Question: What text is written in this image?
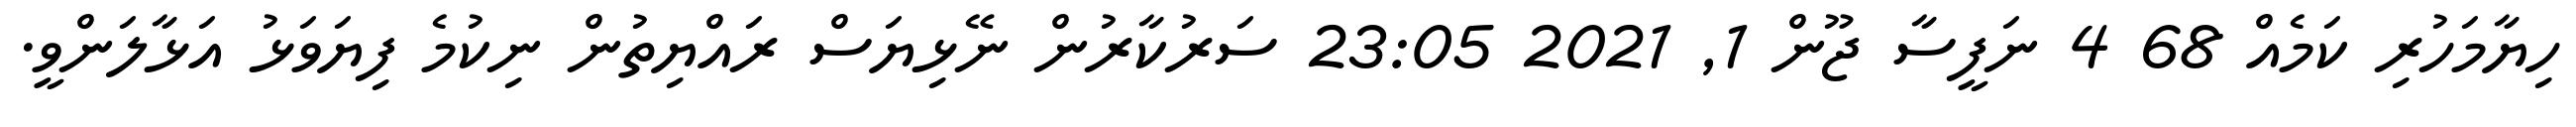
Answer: ހިޔާމަހުރި ކަމެއް 68 4 ނަފީސާ ޖޫން 1, 2021 23:05 ސަރުކާރުން ނޭޅިޔަސް ރައްޔިތުން ނިކުމެ ފިޔަވަޅު އަޅާލަންވީ.